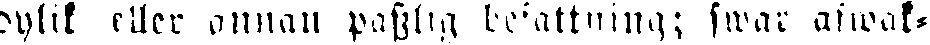
dylik eller annan passlig befattning; swar afwak-